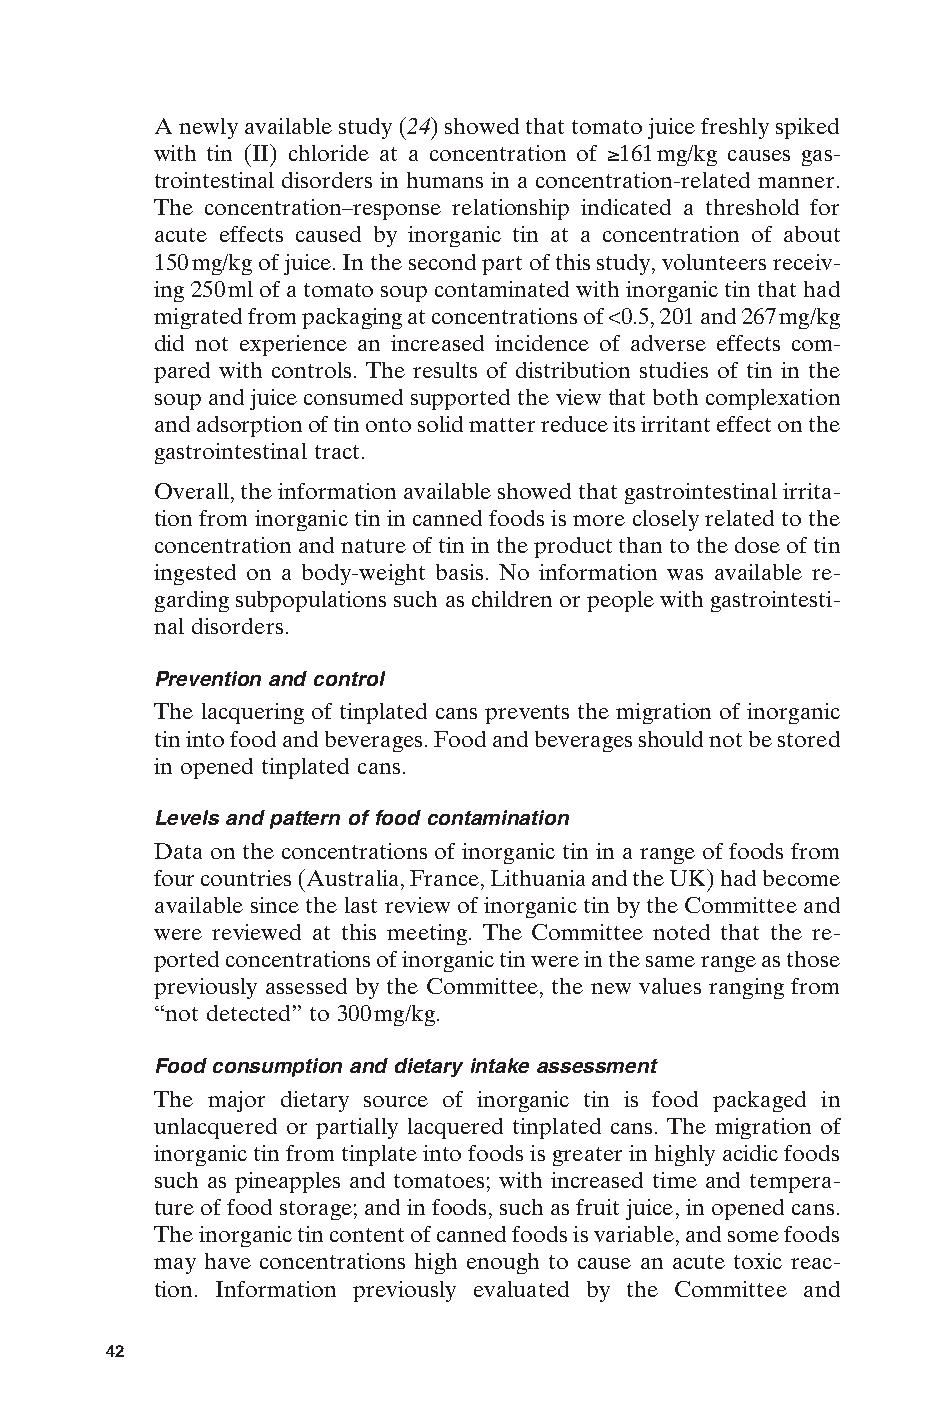
A newly available study (24) showed that tomato juice freshly spiked
 with tin (II) chloride at a concentration of ≥161mg/kg causes gas-
 trointestinal disorders in humans in a concentration-related manner.
 The concentration–response relationship indicated a threshold for
 acute effects caused by inorganic tin at a concentration of about
 150mg/kg of juice. In the second part of this study, volunteers receiv-
 ing 250ml of a tomato soup contaminated with inorganic tin that had
 migrated from packaging at concentrations of <0.5, 201 and 267mg/kg
 did not experience an increased incidence of adverse effects com-
 pared with controls. The results of distribution studies of tin in the
 soup and juice consumed supported the view that both complexation
 and adsorption of tin onto solid matter reduce its irritant effect on the
 gastrointestinal tract.
 Overall, the information available showed that gastrointestinal irrita-
 tion from inorganic tin in canned foods is more closely related to the
 concentration and nature of tin in the product than to the dose of tin
 ingested on a body-weight basis. No information was available re-
 garding subpopulations such as children or people with gastrointesti-
 nal disorders.
 Prevention and control
 The lacquering of tinplated cans prevents the migration of inorganic
 tin into food and beverages. Food and beverages should not be stored
 in opened tinplated cans.
 Levels and pattern of food contamination
 Data on the concentrations of inorganic tin in a range of foods from
 four countries (Australia, France, Lithuania and the UK) had become
 available since the last review of inorganic tin by the Committee and
 were reviewed at this meeting. The Committee noted that the re-
 ported concentrations of inorganic tin were in the same range as those
 previously assessed by the Committee, the new values ranging from
 “not detected” to 300mg/kg.
 Food consumption and dietary intake assessment
 The major dietary source of inorganic tin is food packaged in
 unlacquered or partially lacquered tinplated cans. The migration of
 inorganic tin from tinplate into foods is greater in highly acidic foods
 such as pineapples and tomatoes; with increased time and tempera-
 ture of food storage; and in foods, such as fruit juice, in opened cans.
 The inorganic tin content of canned foods is variable, and some foods
 may have concentrations high enough to cause an acute toxic reac-
 E
 tion. Information previously evaluated by the Committee and
 42
 Untitled-4       42                    12/20/05, 19:53